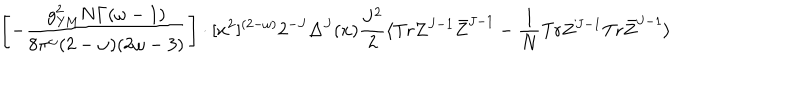
\left[ - \frac { g _ { \mathrm { Y M } } ^ { 2 } N \Gamma ( \omega - 1 ) } { 8 \pi ^ { \omega } ( 2 - \omega ) ( 2 \omega - 3 ) } \right] \cdot [ x ^ { 2 } ] ^ { ( 2 - \omega ) } 2 ^ { - J } \Delta ^ { J } ( x ) \frac { J ^ { 2 } } { 2 } \langle \mathrm { T r } Z ^ { J - 1 } \bar { Z } ^ { J - 1 } - \frac { 1 } { N } \mathrm { T r } Z ^ { J - 1 } \mathrm { T r } \bar { Z } ^ { J - 1 } \rangle